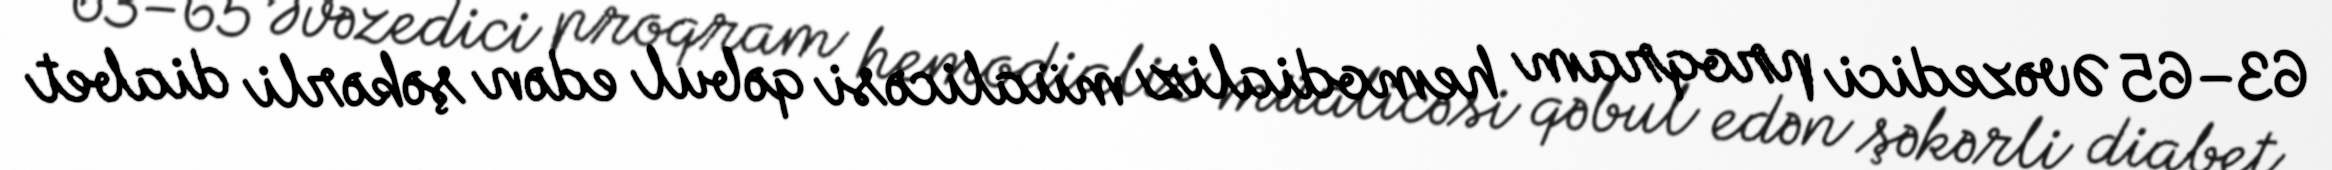
63–65 Əvəzedici proqram hemodializ müalicəsi qəbul edən şəkərli diabet